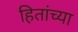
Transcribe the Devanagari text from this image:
हितांच्या